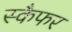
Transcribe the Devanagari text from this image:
स्कैफर